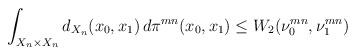
LaTeX: \begin{align*}&\int_{X_n\times X_n}d_{X_n}(x_0, x_1)\,d\pi^{mn}(x_0,x_1)\le W_2(\nu_0^{mn}, \nu_1^{mn})\end{align*}